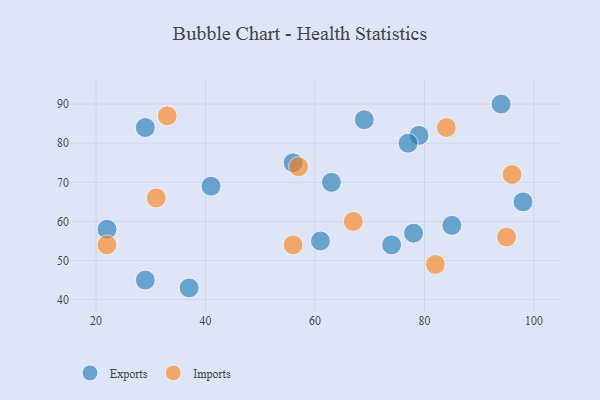
{"axis": {"x": "GDP", "y": "Life Expectancy"}, "legend": ["Exports", "Imports"], "data": [{"x": "69", "y": 86, "type": "Exports"}, {"x": "22", "y": 58, "type": "Exports"}, {"x": "61", "y": 55, "type": "Exports"}, {"x": "78", "y": 57, "type": "Exports"}, {"x": "41", "y": 69, "type": "Exports"}, {"x": "37", "y": 43, "type": "Exports"}, {"x": "63", "y": 70, "type": "Exports"}, {"x": "94", "y": 90, "type": "Exports"}, {"x": "29", "y": 84, "type": "Exports"}, {"x": "29", "y": 45, "type": "Exports"}, {"x": "56", "y": 75, "type": "Exports"}, {"x": "74", "y": 54, "type": "Exports"}, {"x": "85", "y": 59, "type": "Exports"}, {"x": "79", "y": 82, "type": "Exports"}, {"x": "98", "y": 65, "type": "Exports"}, {"x": "77", "y": 80, "type": "Exports"}, {"x": "95", "y": 56, "type": "Imports"}, {"x": "57", "y": 74, "type": "Imports"}, {"x": "82", "y": 49, "type": "Imports"}, {"x": "22", "y": 54, "type": "Imports"}, {"x": "33", "y": 87, "type": "Imports"}, {"x": "96", "y": 72, "type": "Imports"}, {"x": "67", "y": 60, "type": "Imports"}, {"x": "31", "y": 66, "type": "Imports"}, {"x": "84", "y": 84, "type": "Imports"}, {"x": "56", "y": 54, "type": "Imports"}]}